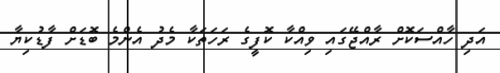
އަދި ހާއްސަކޮށް ރާއްޖޭގައި ވިއްކާ ކޮފީގެ ރަހަތަކާ މެދު އެންމެ ބޮޑަށް ފާޑުކިޔާ